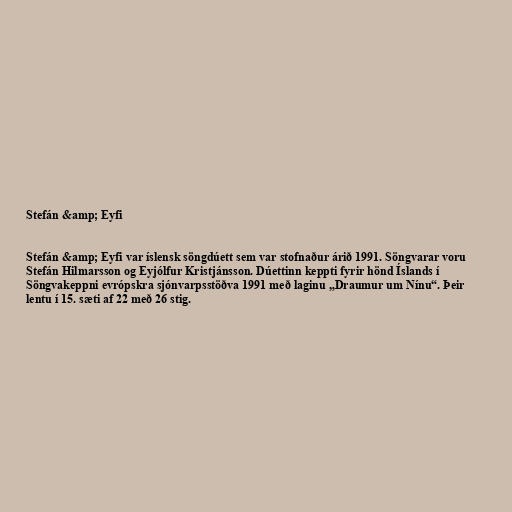
Stefán &amp; Eyfi

Stefán &amp; Eyfi var íslensk söngdúett sem var stofnaður árið 1991. Söngvarar voru
Stefán Hilmarsson og Eyjólfur Kristjánsson. Dúettinn keppti fyrir hönd Íslands í
Söngvakeppni evrópskra sjónvarpsstöðva 1991 með laginu „Draumur um Nínu“. Þeir
lentu í 15. sæti af 22 með 26 stig.